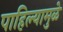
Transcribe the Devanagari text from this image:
पाहिल्यामुळे